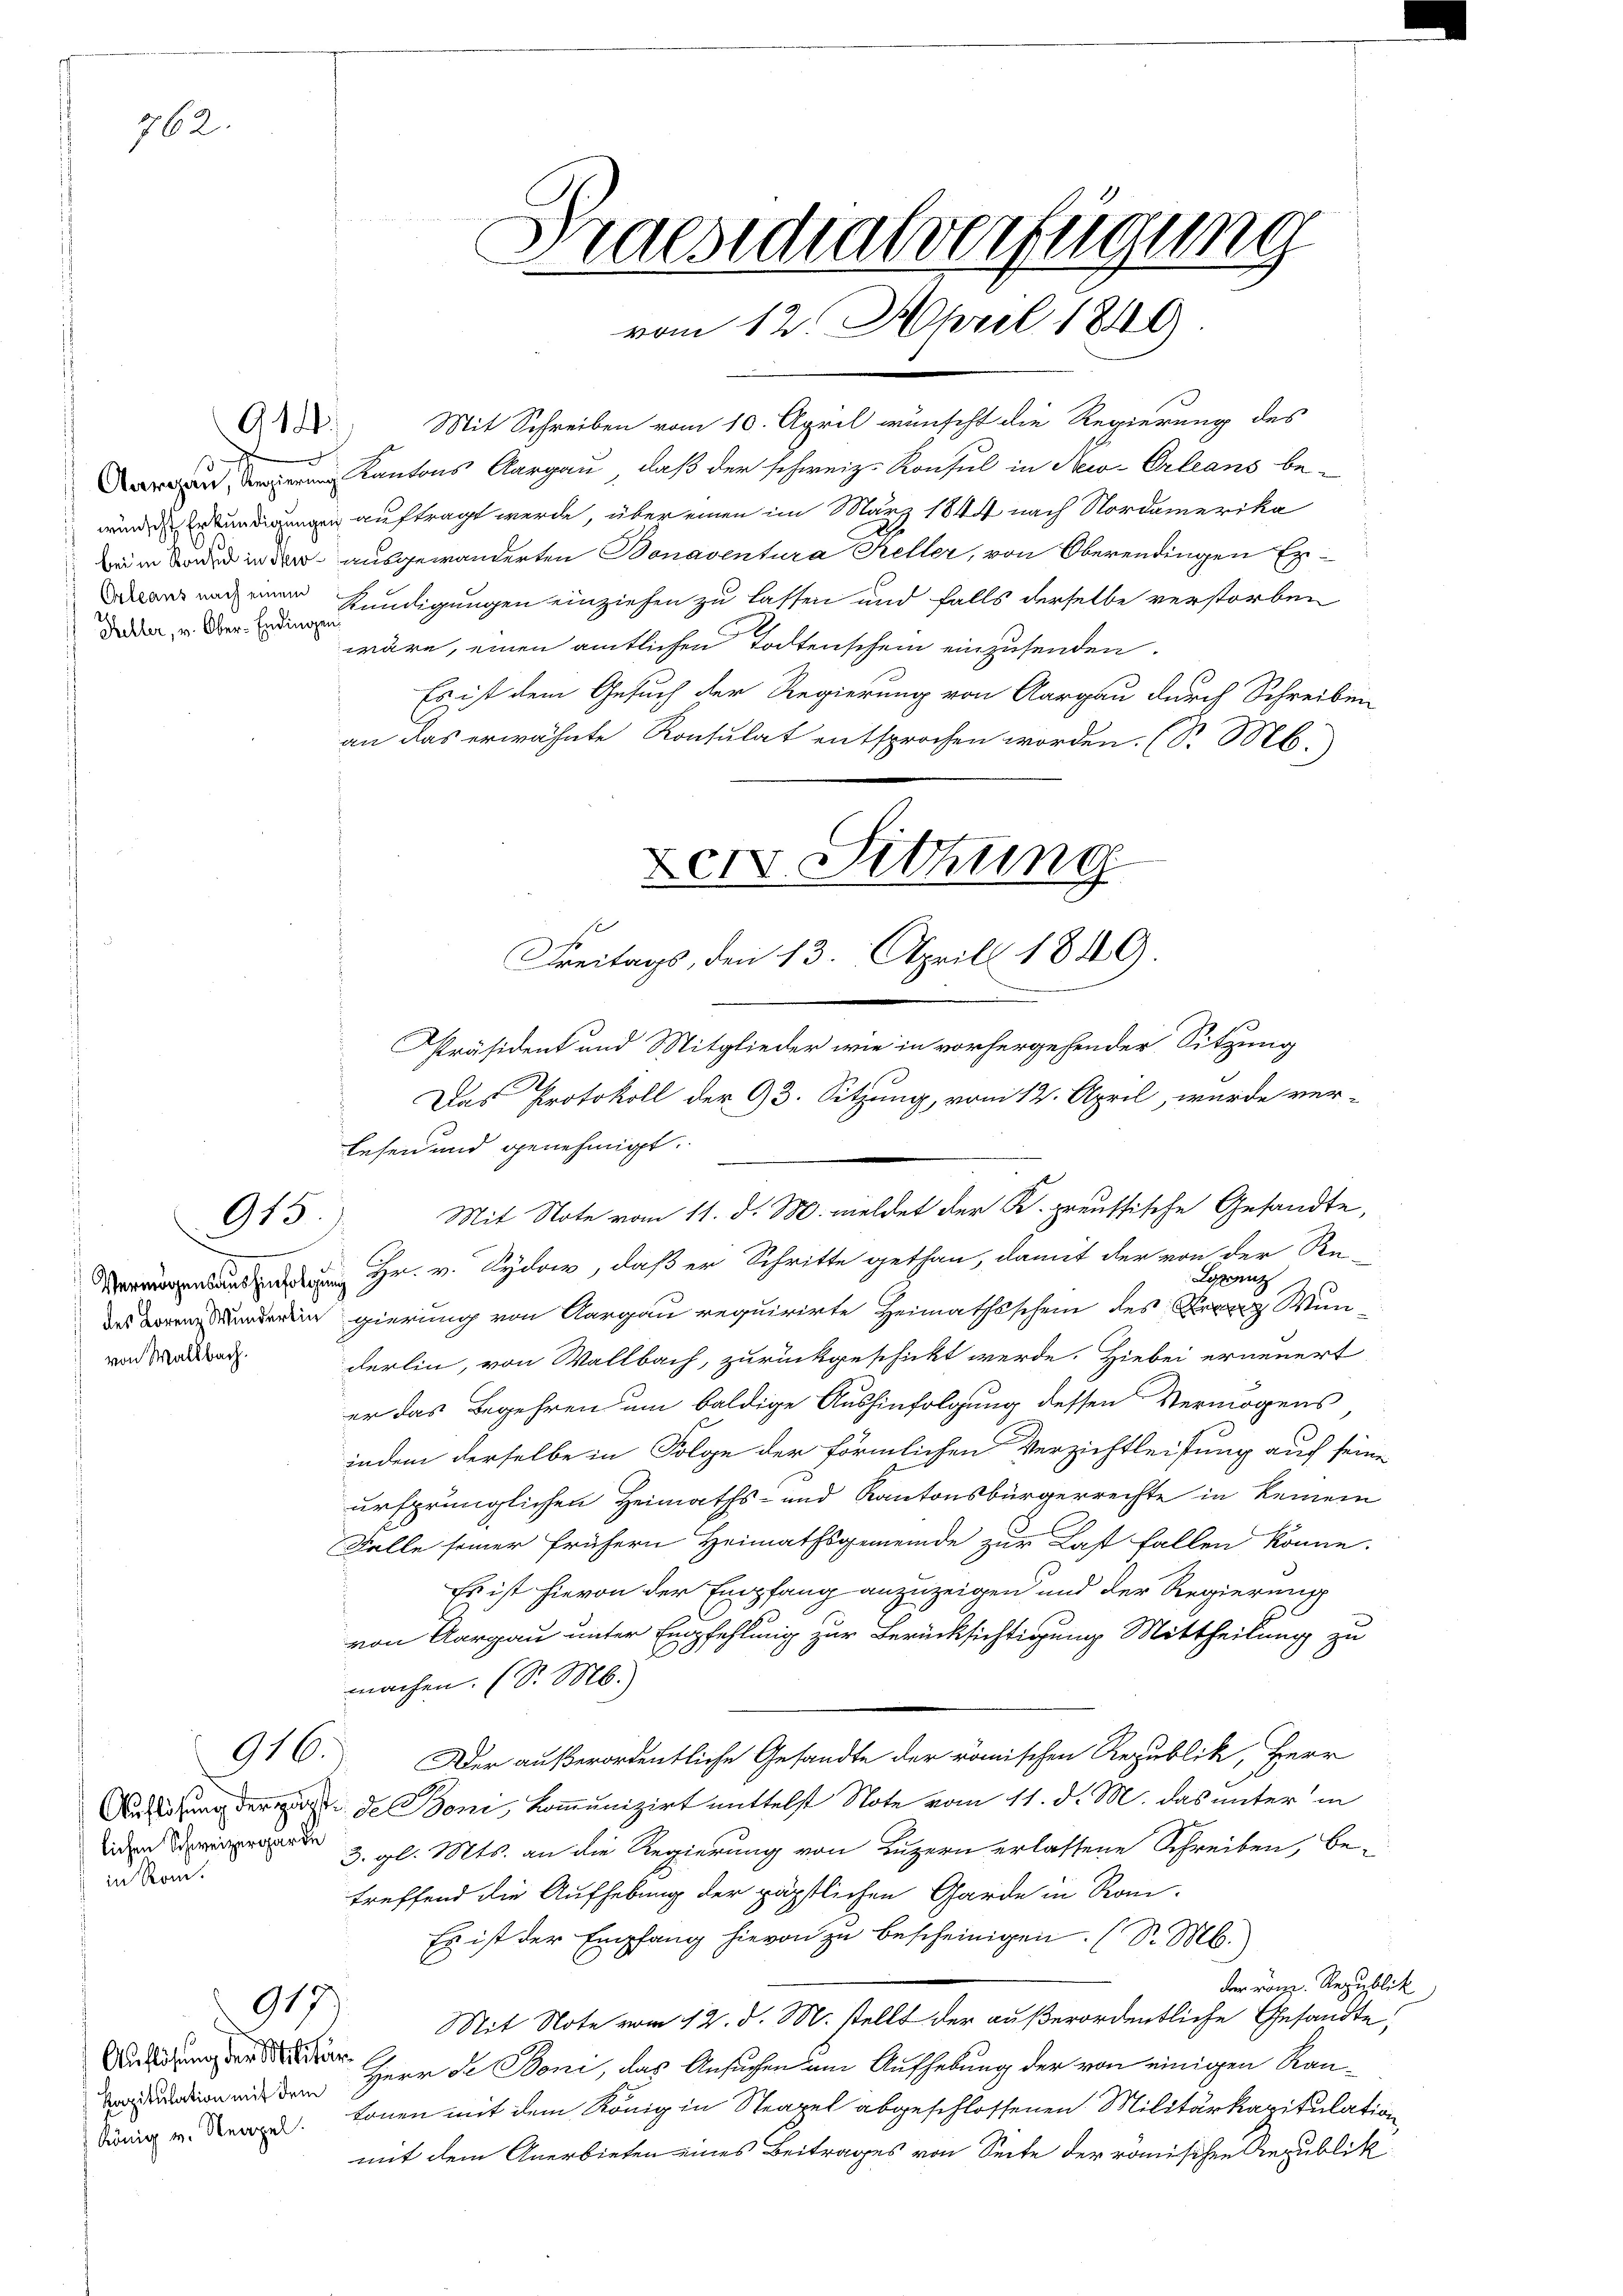
Heller, v. Ober-Endingen

762

Vermögensaushinfolgung
des Lorenz Wunderlin
von Waltbach.

lichen Schweizergarde
in Rom.

914.

915

916.

917.

Auflösung der Militär¬
Kapitulation mit dem

Mit Schreiben vom 10. April wünscht die Regierung des
 Kantons Aargau, daß der schweiz. Konsul in Newe Erleans bewurde Erkundigungen auftragt werde, über einen im März 1844 nach Nordamerika
im in der ausgewanderten Bonaventura Keller, von Oberendingen Erars und ein Kündigungen einziehen zu lassen und falls derselbe verstorben
wäre, einen amtlichen Todtenschein einzusenden.
Es ist dem Gesuch der Regierung von Aargau durch Schreiben
an das erwähnte Konsulat entsprochen worden. (S. M.
Den Sitzung

Praesidialverfügung
vom 12. April 1849

Präsident und Mitglieder wie in vorhergehender Sitzung
.
Das Protokoll der 93. Sitzung, vom 12. April, wurde ver-
Lesen und genehmigt.
Mit Note vom 11. d. M. meldet der K. preussische Gesandte,
Hr. v. Sydo, daß er Schritte gethan, damit der von der Re-
Lorenz
gierung von Aargau requirirte Heimathsschein des K. Wün
derlin, von Wallbach, zurückgeschickt werde. Hiebei erneuert
er das Begehren um baldige Aushinfolgung dessen Vermögens
indem derselbe in Folge der förmlichen Verzichtleistung auf seine
ursprünglichen Heimaths- und Kantonsbürgerrechte in keinem
Falle seiner frühern Heimathsgemeinde zur Last fallen könne.
Es ist hievon der Empfang anzuzeigen und der Regierung
C
von Aargau unter Empfehlung zur Berücksichtigung Mittheilung zu
l
machen. (S. M.
Der außerordentliche Gesandte der römischen Republik, Herr
Anziehung der mit de Boni, kommunizirt mittelst Note vom 11. d. M. das unter in
3. gl. Mts. an die Regierung von Luzern erlassene Schreiben, be-
treffend die Aufhebung der päpstlichen Garde in Ron-
Es ist der Empfang hievon zu bescheinigen (S. M.)
der Kanz. Republik
Mit Note vom 12. d. M. stellt der außerordentliche Gesandte,
Herr de Boni, das Ansuchen um Aufhebung der von einigen Rauni v. o. könen mit dem König in Strapel abgeschlossenen Militärkapitulation
mit dem Anerbieten eines Beitrages von Seite der römischen Gepublik

Freitags, den 13. April 1849